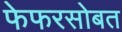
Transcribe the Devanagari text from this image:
फेफरसोबत